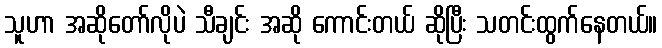
သူဟာ အဆိုတော်လိုပဲ သီချင်း အဆို ကောင်းတယ် ဆိုပြီး သတင်းထွက်နေတယ်။